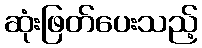
ဆုံးဖြတ်ပေးသည့်